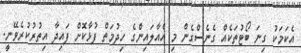
އެކަމަކު ގިނަ ބޯޓުތަކެއް ގެނެސްގެން މި އެއާލައިންގެ ހިދުމަތް ފުޅާކޮށް ފައިދާ އިތުރުކުރެވޭނީ.